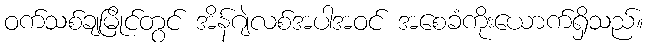
ဝက်သစ်ချမြိုင်တွင် အိန်ဂျဲလစ်အပါအဝင် အစေခံကိုးယောက်ရှိသည်။